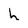
Character: h